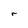
Character: r